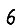
Digit: 6